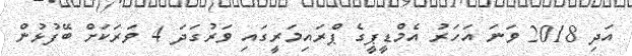
އަދި 2018 ވަނަ އަހަރު އެމްޑީޕީގެ ޕްރައިމަރީގައި ވަރުގަދަ 4 ވަރަކަށް ބޭފުޅުން